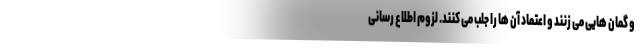
و گمان هایی می زنند و اعتماد آن ها را جلب می کنند. لزوم اطلاع رسانی